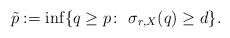
LaTeX: \begin{align*}\tilde{p}:=\inf\{q\geq p\colon\ \sigma_{r,X}(q)\geq d\}. \end{align*}